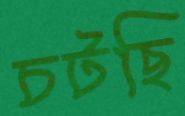
চটছি